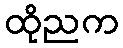
ထိုညက